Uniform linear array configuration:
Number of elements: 12
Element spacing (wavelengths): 0.25
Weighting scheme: cosine
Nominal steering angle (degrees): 15
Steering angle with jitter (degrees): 13.407
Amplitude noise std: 0.05
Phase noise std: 0.05

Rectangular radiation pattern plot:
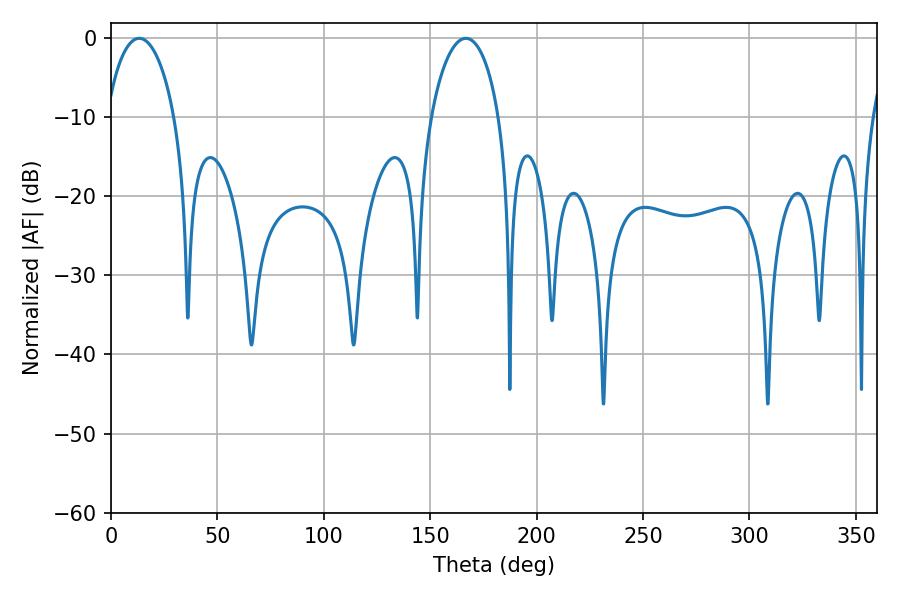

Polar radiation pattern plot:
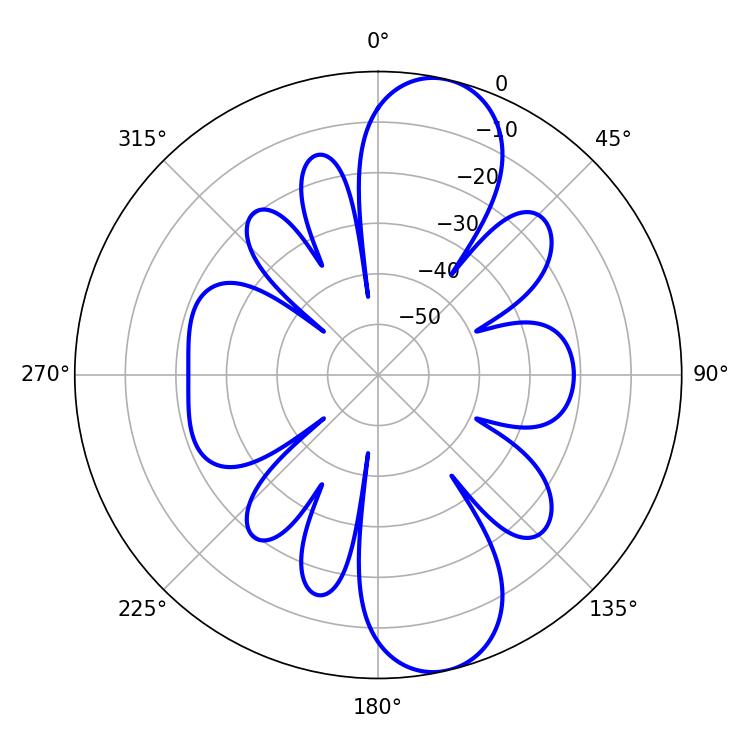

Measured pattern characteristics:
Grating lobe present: FALSE
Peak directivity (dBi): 11.067
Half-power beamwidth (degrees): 18.18
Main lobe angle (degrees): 13.32